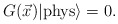
\begin{align*}G(\vec{x}) |{\rm{phys}}\rangle = 0 .\end{align*}